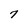
Character: 7